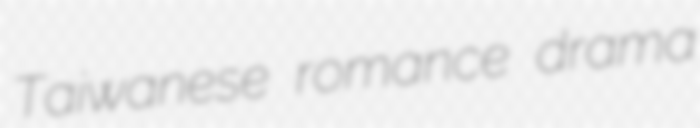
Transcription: Taiwanese romance drama